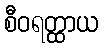
စီဝရတ္ထာယ